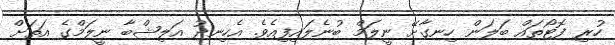
ހުރި ފޮޓޯތައް ބަލަން ހިނގާށޭ ނީލަމް ބުނެލައިފިއެވެ. އެހިނދު އަލިޝްބާ ނީލަމްގެ އަތަށް